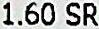
1.60 SR